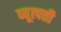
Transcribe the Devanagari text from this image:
व्यूत्पत्ती